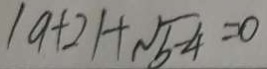
\vert a + 2 \vert + \sqrt { b - 4 } = 0